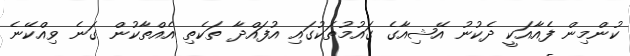
ކުންމިން ފެއާއަކީ ދެކުނު އޭޝިއާގެ ގައުމުތަކުގައި އުފައްދާ ތަކެތި އެއްތާކުން ގަނެ ވިއްކޭނެ